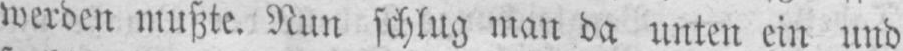
werden mußte. Nun schlug man da unten ein und